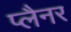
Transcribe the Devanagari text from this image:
प्लैनर